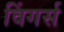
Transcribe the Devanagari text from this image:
विंगर्स